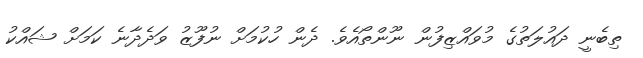
ތިބެނީ ދައުލަތުގެ މުވައްޒިފުން ނޫންތޯއެވެ. ދެން ހުކުމަށް ނުފޫޒު ވަދެދާނެ ކަމަށް ޝައްކު